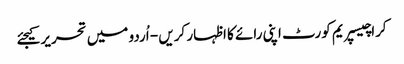
کراچیسپریم کورٹ اپنی رائے کا اظہار کریں - اُردو میں تحریر کیجئے